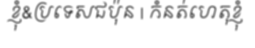
ខ្ញុំ&ប្រទេសជប៉ុន | កំនត់ហេតុខ្ញុំ